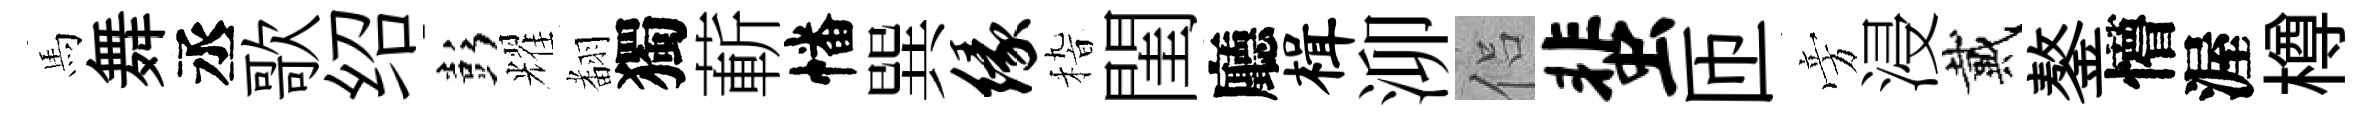
馬舞丞歌绍彭耀𮋒獨蔪幡巽缘𥟵閨廳楫泖侣蜚匝旁浸戴鏊懵渥樽